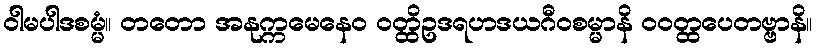
ဝါမပါဒစမ္မံ။ တတော အနုက္ကမေနေဝ ဝတ္ထိဥဒရဟဒယဂီဝစမ္မာနိ ဝဝတ္ထပေတဗ္ဗာနိ။